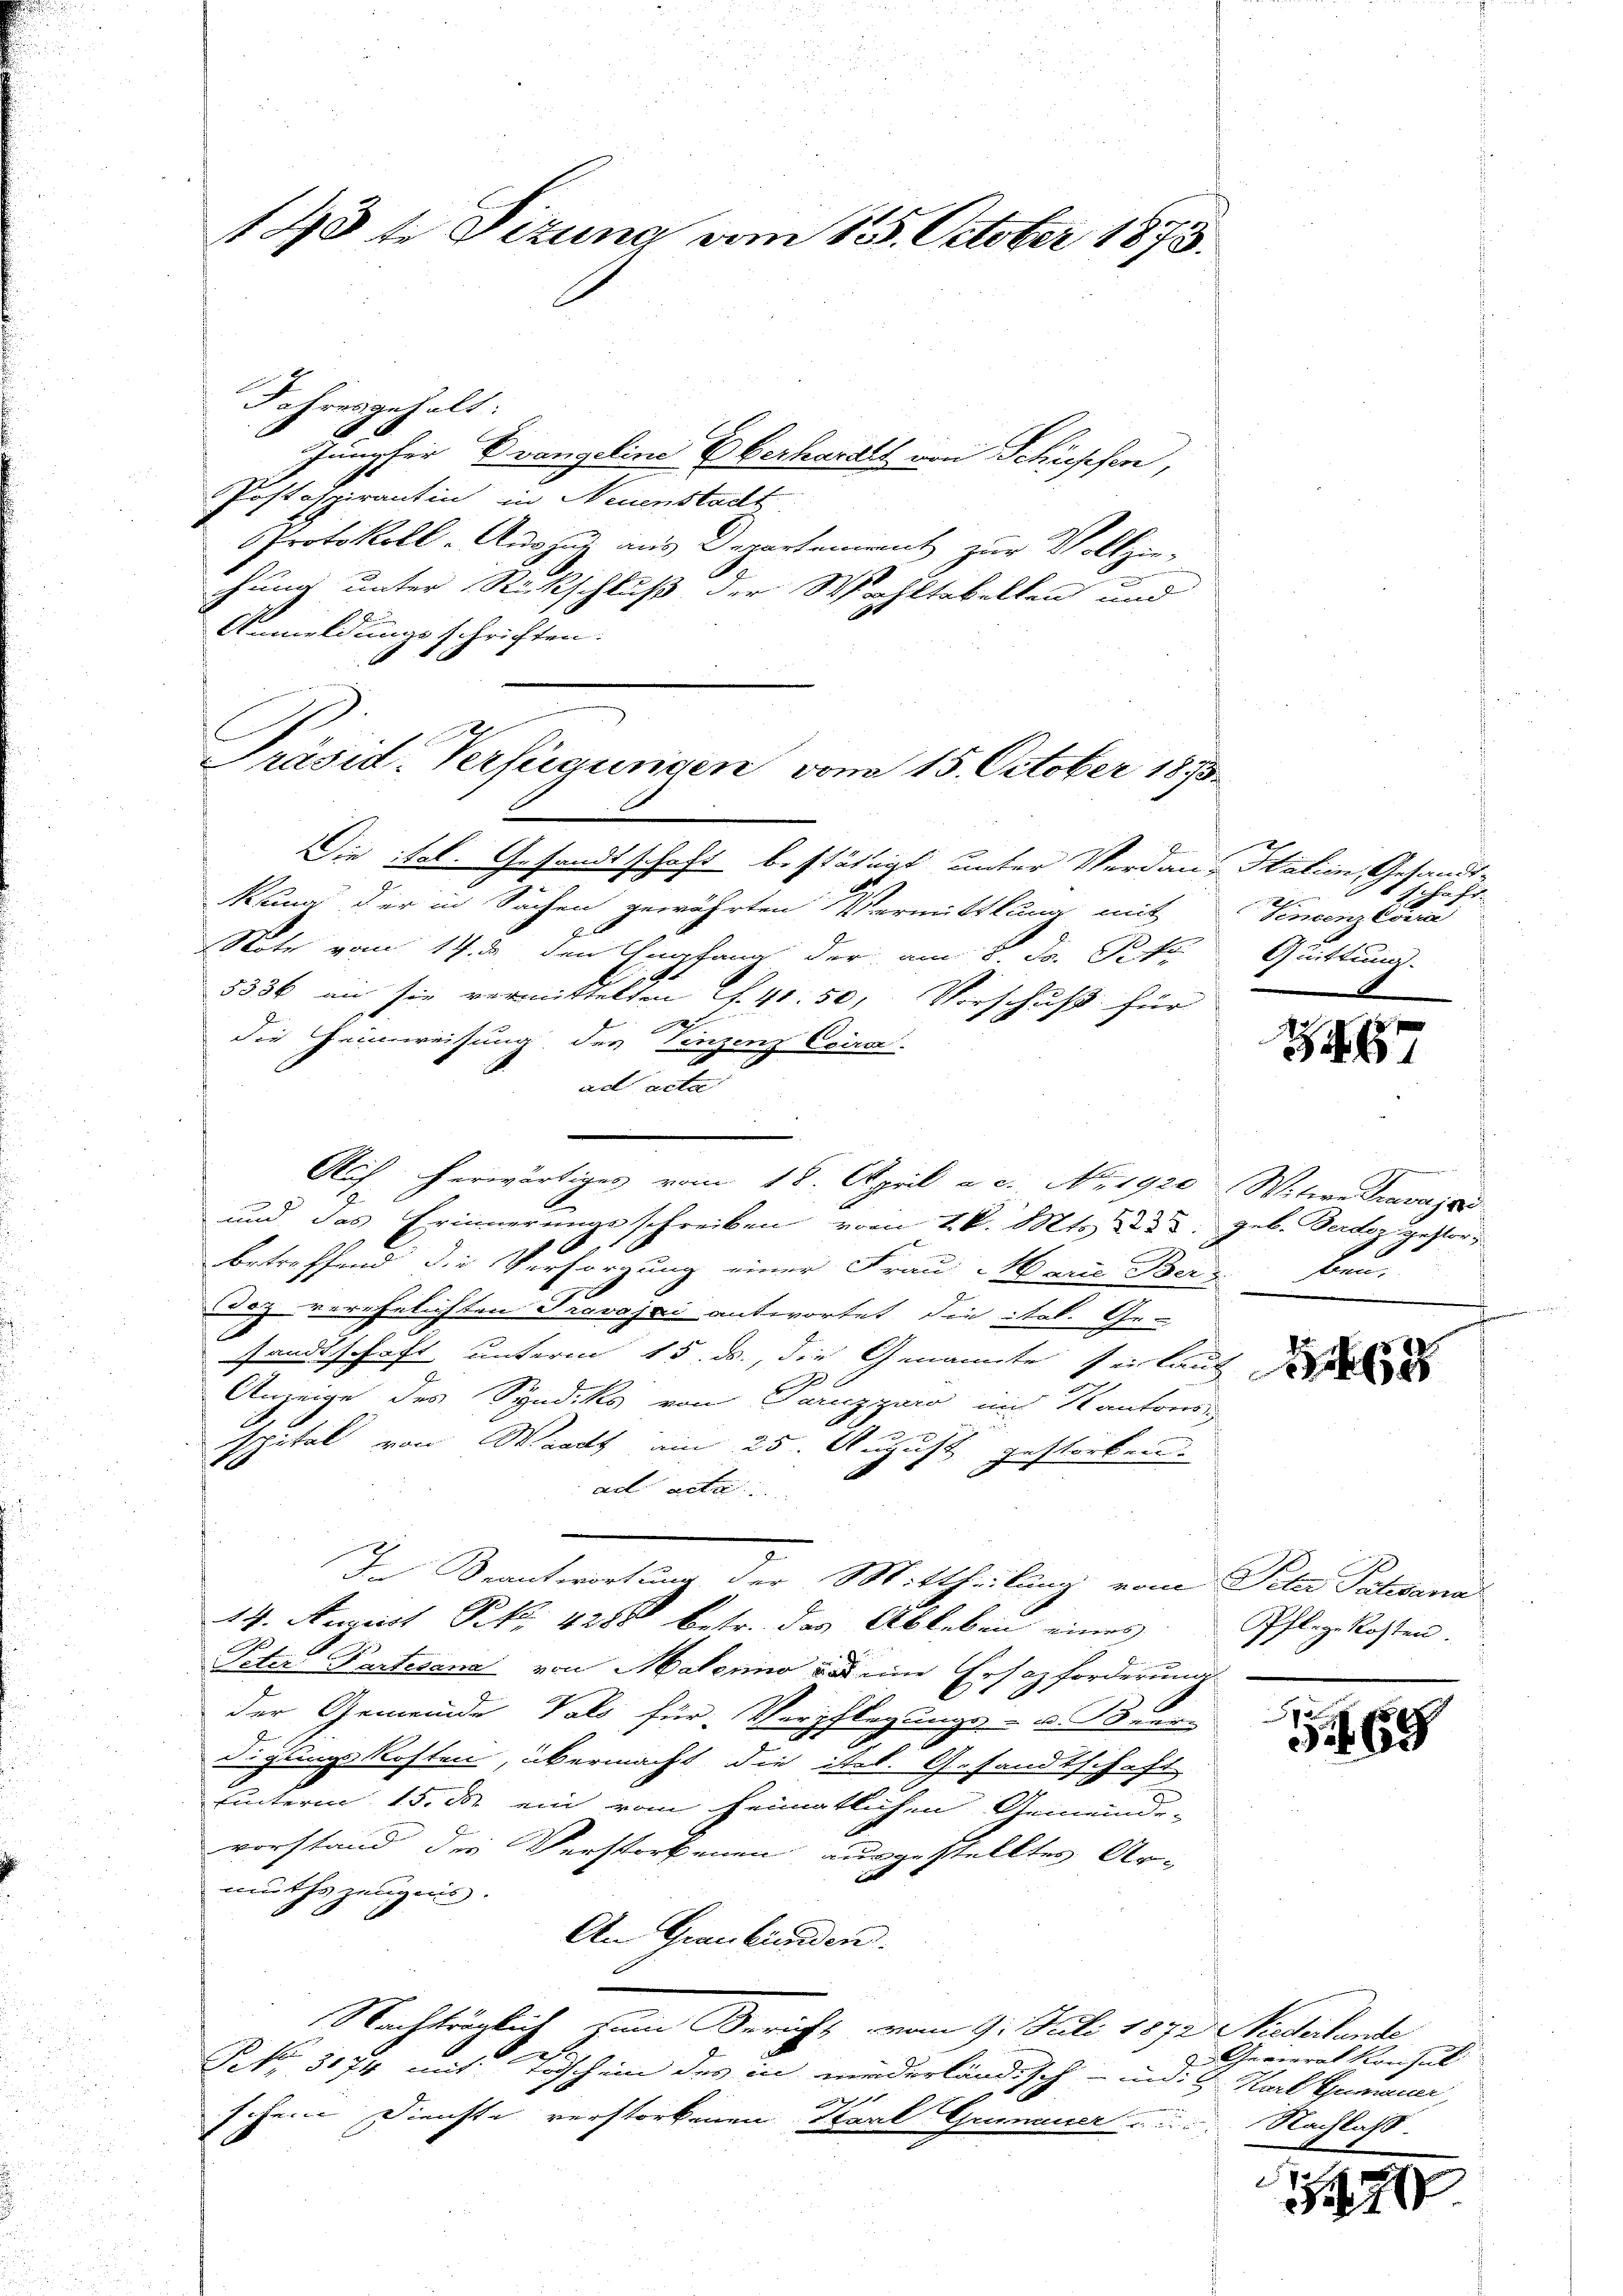
143 te Sizung vom 15. October 1873.

Jahresgehalt:
Jungfer Evangeline Eberhardt von Schüssen,
Postaspirantin in Neuenstadt
Protokoll. Aus 2 aus Departement zur Vollzie-
hung unter Rückschluß der Wahltabellen und
Anmeldungsschrichten.
Die ital. Gesandtschaft bestätigt unter Verdan, Station Gesandtkung der in Sachen gewährten Vermittlung mit
Note vom 14. da den Empfang der am 8. J. Pete
5336 an sie vermittelten S. 41: 50, Vorschuß für
die Heimweisung des Vinzenz Ceira
ad acta
Auch herwärtiges vom 18. April a. c. No. 1920 Witwe Pravaja
und das Erinnerungsschreiben vom 2. k. Mts. 223. d. geb. Berdor gestorbetreffend die Versorgung einer Frau Marie Ber
Toz verehelichten Travajai antwortet die ital. Ge-
d
sandtschaft unterm 15. ds., die Genannte sei laut
Anzeige des Syndiks von Parzgaro im Kantonen

spital von Waadt am 25. August gestorben.
x
ad acta
In Beantwortung der Mittheilung vom Peter Tatsana
14. August Frk. 4288 betr. das Ableben eines
Peter Partesana von Materno das eine Ersatzforderung
der Gemeinde Vals für Verpflegungs- u. Sonn
E
Lugangs Kosten, übermacht, die itel. Gesandtschaft
27
hinterm 15. ds. ein vom heimatlichen Gemeinde-
vorstand die Verstorbenen ausgestellten Ar-
muths zeugnis.
An Graubünden.
Nachträglich zum Bericht vom 9. Juli 1872 wiederlande,
.
Nr. 3174 mit Todschein des in mederländisch - und: 2 Karl Rumann,
 11.
schen Dienste verstorbenen Staat Grummer u. Nachlass.

Präsid. Verfügungen vom 15. October 1873.

schaft.
F
Sincenz Coura
Quittung

7

ben

162

Pflege Kosten.

369

Gevierat Konsul

7